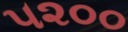
૫૨૦૦